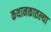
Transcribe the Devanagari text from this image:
कथानकातल्या